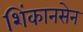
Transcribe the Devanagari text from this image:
शिंकानसेन